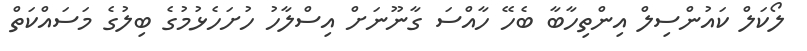
ލޯކަލް ކައުންސިލް އިންތިހާބާ ބެހޭ ހާއްސަ ގާނޫނަށް އިސްލާހު ހުށަހެޅުމުގެ ބިލުގެ މަސައްކަތް